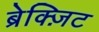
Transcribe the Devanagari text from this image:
ब्रेक्ज़िट